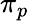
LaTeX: \pi_{p}